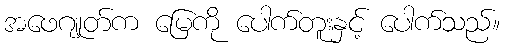
အဖေဂျုတ်က မြေကို ပေါက်တူးနှင့် ပေါက်သည်။